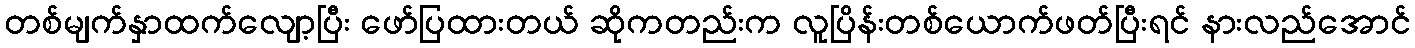
တစ်မျက်နှာထက်လျော့ပြီး ဖော်ပြထားတယ် ဆိုကတည်းက လူပြိန်းတစ်ယောက်ဖတ်ပြီးရင် နားလည်အောင်